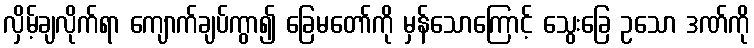
လှိမ့်ချလိုက်ရာ ကျောက်ချပ်ကွာ၍ ခြေမတော်ကို မှန်သောကြောင့် သွေးခြေ ဥသော ဒဏ်ကို